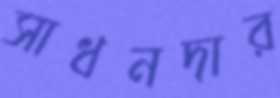
সাধনদার